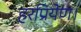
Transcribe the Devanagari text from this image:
हरप्रियेण।